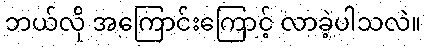
ဘယ်လို အကြောင်းကြောင့် လာခဲ့ပါသလဲ။